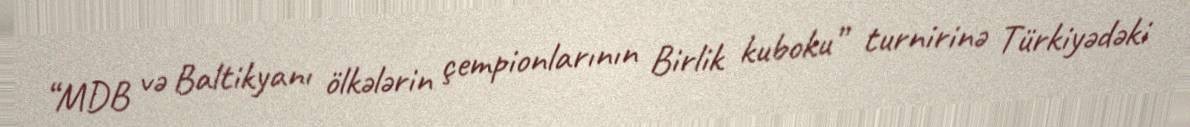
“MDB və Baltikyanı ölkələrin çempionlarının Birlik kuboku” turnirinə Türkiyədəki